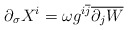
\begin{align*}\partial _{\sigma }X^{i}=\omega g^{i\overline{j}}\overline{\partial _{j}W} \end{align*}